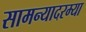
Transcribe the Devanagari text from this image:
सामन्यादरम्या